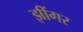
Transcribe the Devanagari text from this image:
झींगर